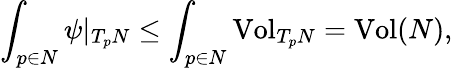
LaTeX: \int_{p\in N}\psi|_{T_{p}N}\leq\int_{p\in N}\mathrm{Vol}_{T_{p}N}=\mathrm{Vol}(N),